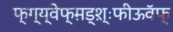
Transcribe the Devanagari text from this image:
फ्ग्य्वेफ्म़ड्श़़्ःफीऊवॅफ्